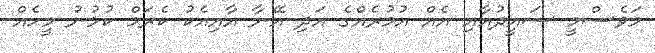
މަވެސްމީ ސައީދުއާއި އެއް އުމުރެއްގެ އަދި އޭނާ އާއިއެކު ކެރަމް ކުޅުނު މީހެއް